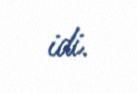
idi.